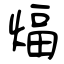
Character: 煏